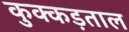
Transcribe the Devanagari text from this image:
कुक्कड़ताल